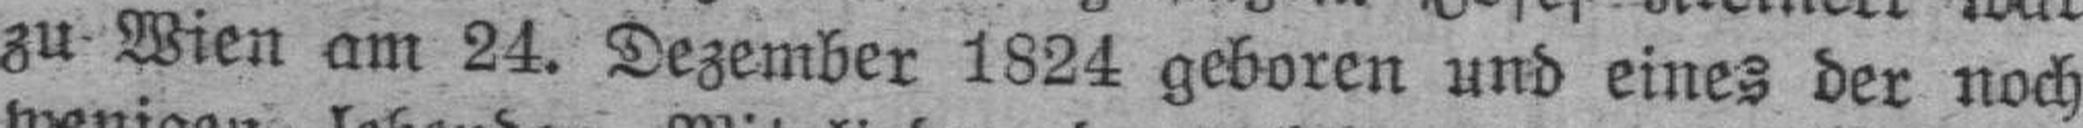
zu Wien am 24. Dezember 1824 geboren und eines der noch